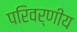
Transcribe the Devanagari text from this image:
परिवर्णीय